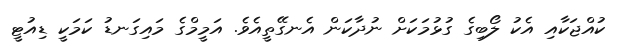
ކުއްޖަކާއި އެކު ލޯބިގެ ގުޅުމަކަށް ނުދާކަން އެނގޭތީއެވެ. އަމީމްގެ މައިގަނޑު ކަމަކީ ޑިއުޓީ